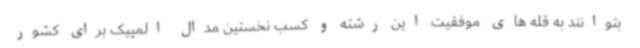
بتوانند به قله های موفقیت این رشته و کسب نخستین مدال المپیک برای کشور